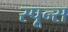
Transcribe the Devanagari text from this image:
स्पून्स